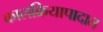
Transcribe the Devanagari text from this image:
कालक्रियापादात